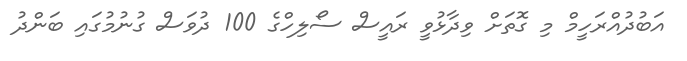
އަބުދުއްރަހީމް މި ގޮތަށް ވިދާޅުވީ ރައީސް ސޯލިހްގެ 100 ދުވަސް ގުނުމުގައި ބަންދު